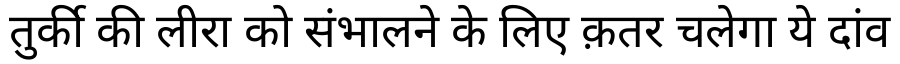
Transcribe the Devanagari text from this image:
तुर्की की लीरा को संभालने के लिए क़तर चलेगा ये दांव